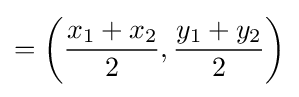
=\left({\dfrac {x_{1}+x_{2}}{2}},{\dfrac {y_{1}+y_{2}}{2}}\right)